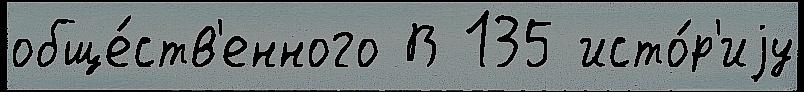
обще́ств'енного В 135 исто́р'иjу